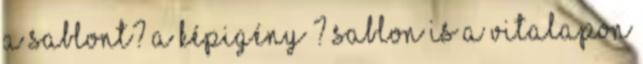
a sablont? A képigény ? sablon is a vitalapon